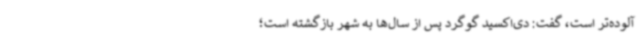
آلوده‌تر است، گفت: دی‌اکسید گوگرد پس از سال‌ها به شهر بازگشته است؛